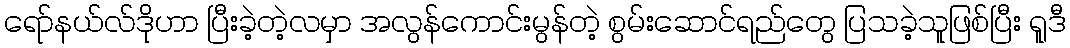
ရော်နယ်လ်ဒိုဟာ ပြီးခဲ့တဲ့လမှာ အလွန်ကောင်းမွန်တဲ့ စွမ်းဆောင်ရည်တွေ ပြသခဲ့သူဖြစ်ပြီး ရူဒီ